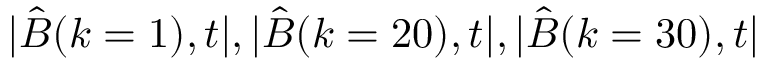
| \hat { B } ( k = 1 ) , t | , | \hat { B } ( k = 2 0 ) , t | , | \hat { B } ( k = 3 0 ) , t |